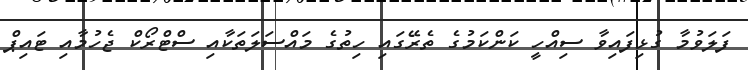
ފަލަވުމާ ގުޅިފައިވާ ސިއްހީ ކަންކަމުގެ ތެރޭގައި ހިތުގެ މައްސަލަތަކާއި ސްޓްރޯކް ޖެހުމާއި ޓައިޕް